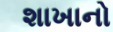
શાખાનો